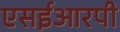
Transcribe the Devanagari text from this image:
एसईआरपी